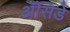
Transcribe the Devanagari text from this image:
ॲसिडे